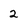
Character: 2